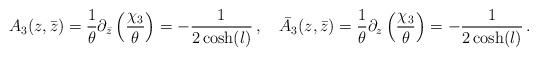
\begin{align*}A_3(z,\bar{z})=\frac{1}{\theta}\partial_{\bar{z}}\left(\frac{\chi_3}{\theta}\right)=-\frac{1}{2\cosh(l)}\,,\quad\bar{A}_3(z,\bar{z})=\frac{1}{\theta}\partial_{z}\left(\frac{\chi_3}{\theta}\right)=-\frac{1}{2\cosh(l)}\,.\end{align*}